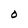
Character: O